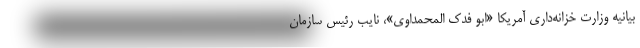
بیانیه وزارت خزانه‌داری آمریکا «ابو فدک المحمداوی»، نایب رئیس سازمان